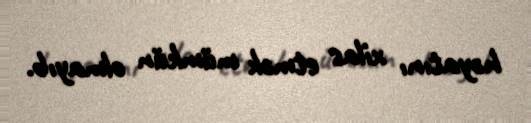
həyatını xilas etmək mümkün olmayıb.